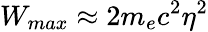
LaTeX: W_{max}\approx 2m_{e}c^{2}\eta^{2}